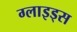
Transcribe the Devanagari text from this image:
ग्लाइड्स